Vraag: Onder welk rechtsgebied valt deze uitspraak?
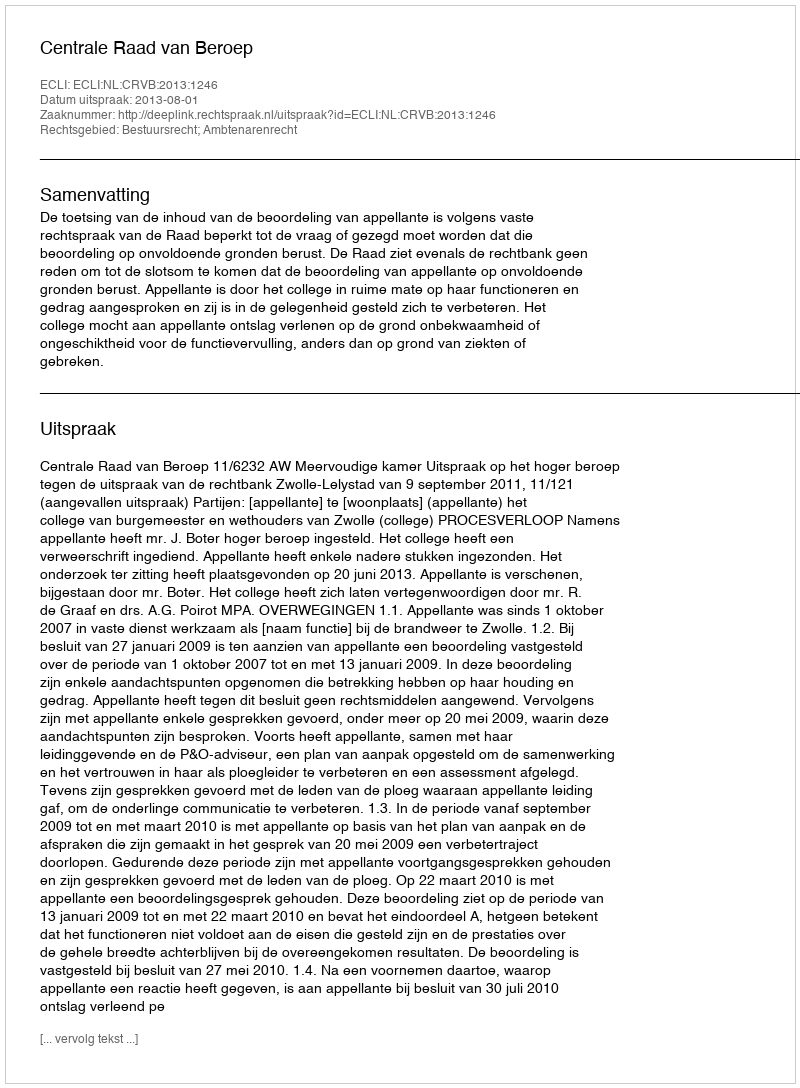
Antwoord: Bestuursrecht; Ambtenarenrecht